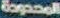
المحدودة